Annual administration report of the Civil Veterinary Department of India - 1897-1898
Year: 1897
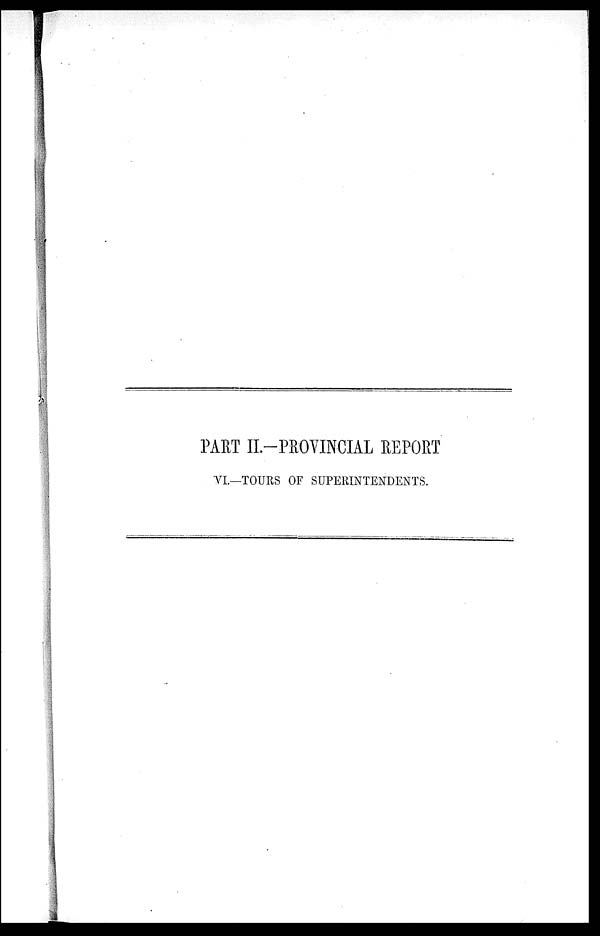
PART II.—PROVINCIAL REPORT
VI.—TOURS OF SUPERINTENDENTS.